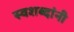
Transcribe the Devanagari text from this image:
स्वशब्दांनी